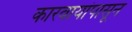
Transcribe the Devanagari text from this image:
कारवायांपासून